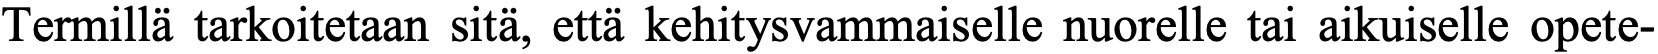
Termillä tarkoitetaan sitä, että kehitysvammaiselle nuorelle tai aikuiselle opete-